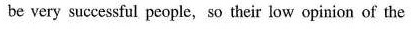
be very successful people,so their low opinion of the